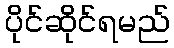
ပိုင်ဆိုင်ရမည်